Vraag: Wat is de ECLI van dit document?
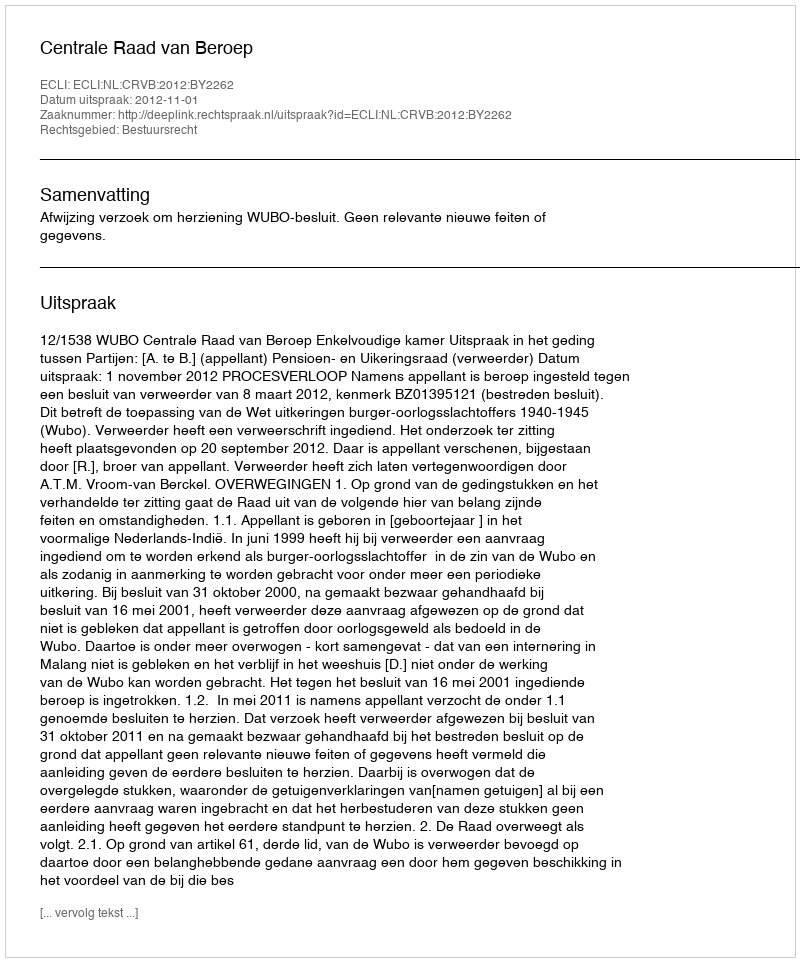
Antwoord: ECLI:NL:CRVB:2012:BY2262